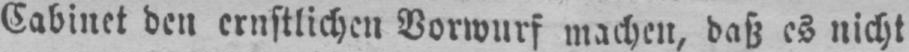
Cabinet den ernstlichen Vorwurf machen, daß es nicht